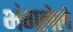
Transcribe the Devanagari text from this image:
भंगलेले